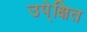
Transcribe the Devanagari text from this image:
उपे्क्षित